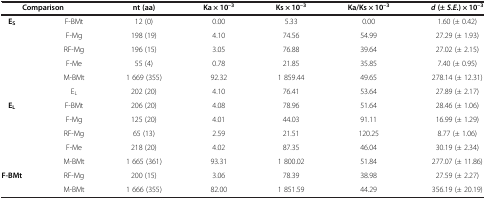
<table><thead><tr><td colspan="2"><b>Comparison</b></td><td><b>nt (aa)</b></td><td><b>Ka × 10<sup>–3</sup></b></td><td><b>Ks × 10<sup>–3</sup></b></td><td><b>Ka/Ks × 10<sup>–3</sup></b></td><td><b><i>d </i>(± <i>S.E.</i>) × 10<sup>–3</sup></b></td></tr></thead><tbody><tr><td rowspan="6"><b>E</b><sub><b>S</b></sub></td><td>F-BMt</td><td>12 (0)</td><td>0.00</td><td>5.33</td><td>0.00</td><td>1.60 (± 0.42)</td></tr><tr><td>F-Mg</td><td>198 (19)</td><td>4.10</td><td>74.56</td><td>54.99</td><td>27.29 (± 1.93)</td></tr><tr><td>RF-Mg</td><td>196 (15)</td><td>3.05</td><td>76.88</td><td>39.64</td><td>27.02 (± 2.15)</td></tr><tr><td>F-Me</td><td>55 (4)</td><td>0.78</td><td>21.85</td><td>35.85</td><td>7.40 (± 0.95)</td></tr><tr><td>M-BMt</td><td>1 669 (355)</td><td>92.32</td><td>1 859.44</td><td>49.65</td><td>278.14 (± 12.31)</td></tr><tr><td>E<sub>L</sub></td><td>202 (20)</td><td>4.10</td><td>76.41</td><td>53.64</td><td>27.89 (± 2.17)</td></tr><tr><td rowspan="5"><b>E</b><sub><b>L</b></sub></td><td>F-BMt</td><td>206 (20)</td><td>4.08</td><td>78.96</td><td>51.64</td><td>28.46 (± 1.06)</td></tr><tr><td>F-Mg</td><td>125 (20)</td><td>4.01</td><td>44.03</td><td>91.11</td><td>16.99 (± 1.29)</td></tr><tr><td>RF-Mg</td><td>65 (13)</td><td>2.59</td><td>21.51</td><td>120.25</td><td>8.77 (± 1.06)</td></tr><tr><td>F-Me</td><td>218 (20)</td><td>4.02</td><td>87.35</td><td>46.04</td><td>30.19 (± 2.34)</td></tr><tr><td>M-BMt</td><td>1 665 (361)</td><td>93.31</td><td>1 800.02</td><td>51.84</td><td>277.07 (± 11.86)</td></tr><tr><td rowspan="2"><b>F-BMt</b></td><td>RF-Mg</td><td>200 (15)</td><td>3.06</td><td>78.39</td><td>38.98</td><td>27.59 (± 2.27)</td></tr><tr><td>M-BMt</td><td>1 666 (355)</td><td>82.00</td><td>1 851.59</td><td>44.29</td><td>356.19 (± 20.19)</td></tr></tbody></table>